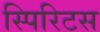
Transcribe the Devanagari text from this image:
स्पिरिटस